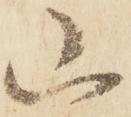
山